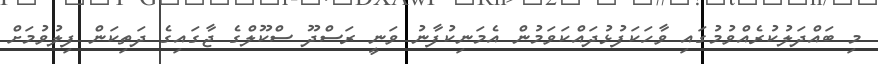
މި ބައްދަލުކުރެއްވުމުގައި ވާހަކަފުޅުދައްކަވަމުން އެމަނިކުފާނު ވަނީ ރަސްދޫ ސްކޫލްގެ ޖާގައިގެ ދަތިކަން ފިލުވުމަށް